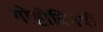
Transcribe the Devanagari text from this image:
गोष्टीविषयीं